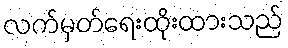
လက်မှတ်ရေးထိုးထားသည်